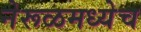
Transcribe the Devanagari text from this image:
नेरूळमध्येच